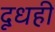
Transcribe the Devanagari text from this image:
दूधही